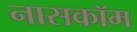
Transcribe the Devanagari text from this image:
नासकॉम